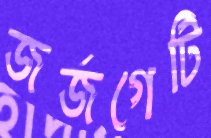
জর্জগেটি